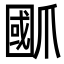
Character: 爴